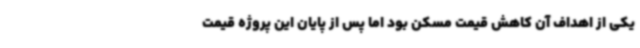
یکی از اهداف آن کاهش قیمت مسکن بود اما پس از پایان این پروژه قیمت